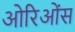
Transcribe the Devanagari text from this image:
ओरिओंस